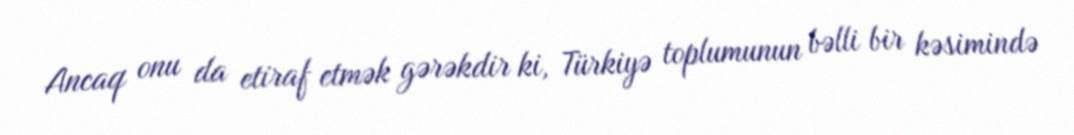
Ancaq onu da etiraf etmək gərəkdir ki, Türkiyə toplumunun bəlli bir kəsimində